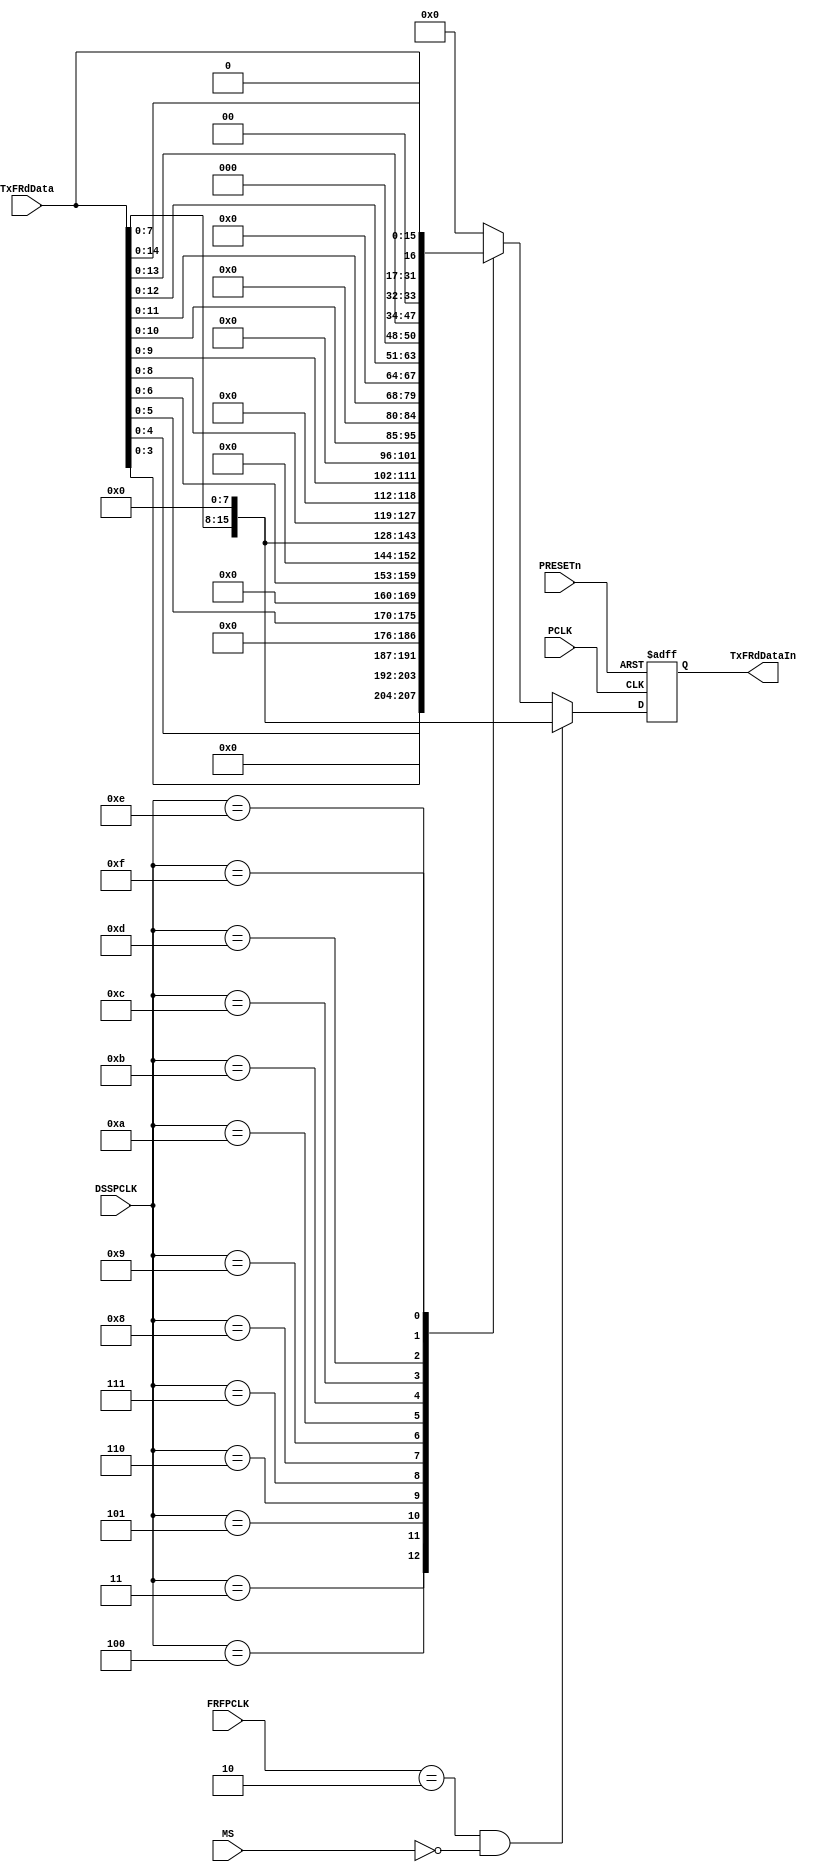
//-----------------------------------------------------------------------------
// The confidential and proprietary information contained in this file may
// only be used by a person authorised under and to the extent permitted
// by a subsisting licensing agreement from ARM Limited.
//
//            (C) COPYRIGHT 2007-2008 ARM Limited.
//                ALL RIGHTS RESERVED
//
// This entire notice must be reproduced on all copies of this file
// and copies of this file may only be made by a person if such person is
// permitted to do so under the terms of a subsisting license agreement
// from ARM Limited.
//  ----------------------------------------------------------------------------
//
//  Version and Release Control Information:
//
//  File Revision          : 20363
//
//  Release Information    : r1p3-00rel1
//
// -----------------------------------------------------------------------------

// -----------------------------------------------------------------------------

// Purpose      : This modules left-justifies transmit data.

// --=========================================================================--

`timescale 1ns/1ps

//  ----------------------------------------------------------------------------

module SspTxLJustify (
// Inputs
                      PCLK,
                      PRESETn,
                      FRFPCLK,
                      DSSPCLK,
                      TxFRdData,
                      MS,
// Output
                      TxFRdDataIn
                     );
// Inputs
input         PCLK;              // APB bus clock
input         PRESETn;           // APB bus reset
input   [1:0] FRFPCLK;           // Frame format
input   [3:0] DSSPCLK;           // Data size
input  [15:0] TxFRdData;         // From FIFO
input         MS;                // Master or Slave Select bit
// Output
output [15:0] TxFRdDataIn;       // To TxRx block

// -----------------------------------------------------------------------------
//
//                     SspTxLJustify
//                     =============
//
// -----------------------------------------------------------------------------
//
// Overview
// ========
//
//  Transmit data written into the transmit FIFO is right justified. In order
// to facilitate shifting out of data by the transmit state machine, the
// transmit data is left-justified and driven. The unused bottom bits in the
// 16-bit data output, is filled with zeros.
//
//  For example, a 4-bit transmit data is stored in the transmit FIFO in the
// form :
//
//        0  0  0  0  0  0  0  0  0  0  0  0 d3 d2 d1 d0
//
// In the SspTxLJustify module, this data is left-justfied and driven out in the
// form :
//
//        d3 d2 d1 d0 0  0  0  0  0  0  0  0  0  0  0  0
//
//   The case of National Microwire Frame format is a special case, in that the
// transmit data is always 8-bit wide and is independent of the DSS[3:0] (Data
// Size Select) field in the SSCR0 control register.
//
// -----------------------------------------------------------------------------

// -----------------------------------------------------------------------------
// Register declaration
// -----------------------------------------------------------------------------
reg [15:0] TxFRdDataIn;
// Left-justified data output

reg [15:0] NextTxFRdDataIn;
// D-input of TxFRdDataIn

// -----------------------------------------------------------------------------
//
// Main body of code
// =================
//
// -----------------------------------------------------------------------------

// -----------------------------------------------------------------------------
// Generate TxFRdDataIn by filling the top bits with significant bits from
// TxFRdData and by zero-filling the remaining lower order bits.
// If the Frame format is National Microwire and is in Master mode, then
// ignore DSS and use a fixed transmit data width of 8 bits.
// -----------------------------------------------------------------------------
always @(TxFRdData or FRFPCLK or DSSPCLK or TxFRdDataIn or MS)
begin : p_LJustComb
  NextTxFRdDataIn = TxFRdDataIn;
  if (FRFPCLK == 2'b10 & MS == 1'b0)
    NextTxFRdDataIn = { TxFRdData[7:0], 8'h00 };
  else
    begin
      NextTxFRdDataIn = 16'h0000;
      case (DSSPCLK)
        4'b0011 :
          NextTxFRdDataIn = { TxFRdData[3:0]  , 12'b000000000000 };
        4'b0100 :
          NextTxFRdDataIn = { TxFRdData[4:0]  , 11'b00000000000 };
        4'b0101 :
          NextTxFRdDataIn = { TxFRdData[5:0]  , 10'b0000000000 };
        4'b0110 :
          NextTxFRdDataIn = { TxFRdData[6:0]  ,  9'b000000000 };
        4'b0111 :
          NextTxFRdDataIn = { TxFRdData[7:0]  ,  8'b00000000 };
        4'b1000 :
          NextTxFRdDataIn = { TxFRdData[8:0]  ,  7'b0000000 };
        4'b1001 :
          NextTxFRdDataIn = { TxFRdData[9:0]  ,  6'b000000 };
        4'b1010 :
          NextTxFRdDataIn = { TxFRdData[10:0] ,  5'b00000 };
        4'b1011 :
          NextTxFRdDataIn = { TxFRdData[11:0] ,  4'b0000 };
        4'b1100 :
          NextTxFRdDataIn = { TxFRdData[12:0] ,  3'b000 };
        4'b1101 :
          NextTxFRdDataIn = { TxFRdData[13:0] ,  2'b00 };
        4'b1110 :
          NextTxFRdDataIn = { TxFRdData[14:0] ,  1'b0 };
        4'b1111 :
          NextTxFRdDataIn =  TxFRdData[15:0];
        default :
          NextTxFRdDataIn = 16'h0000;
      endcase
    end
end // p_LJustComb

// -----------------------------------------------------------------------------
// Sequential process for TxFRdDataIn generation
// -----------------------------------------------------------------------------
always @(posedge PCLK or negedge PRESETn)
begin : p_LJustSeq
  if (PRESETn == 1'b0)
    TxFRdDataIn <= 16'h0000;
  else
    TxFRdDataIn <= NextTxFRdDataIn;
end // p_LJustSeq

endmodule

// --================================= End ===================================--